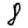
Digit: 8